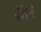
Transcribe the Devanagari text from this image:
चीडियों